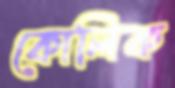
কোলিক